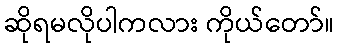
ဆိုရမလိုပါကလား ကိုယ်တော်။